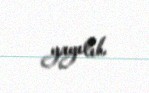
yayılıb.